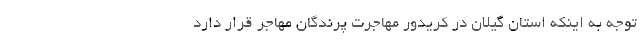
توجه به اینکه استان گیلان در کریدور مهاجرت پرندگان مهاجر قرار دارد